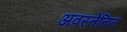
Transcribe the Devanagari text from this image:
अवस्तेतिल